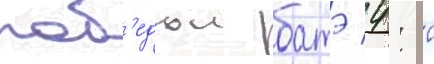
поб'едои батэ 4: 0